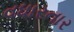
વધારનાર